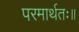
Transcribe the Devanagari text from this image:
परमार्थतः॥